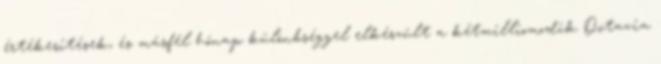
értékesítések, és másfél hónap különbséggel elkészült a kétmilliomodik Octavia